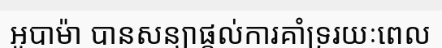
អូបាម៉ា បានសន្យាផ្តល់ការគាំទ្ររយៈពេល